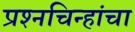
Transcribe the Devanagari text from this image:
प्रश्‍नचिन्हांचा